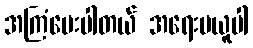
အကြံပေးပါတယ် အရေးမယူပါ